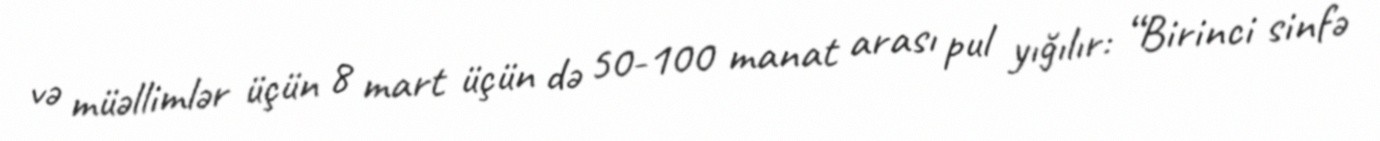
və müəllimlər üçün 8 mart üçün də 50-100 manat arası pul yığılır: “Birinci sinfə